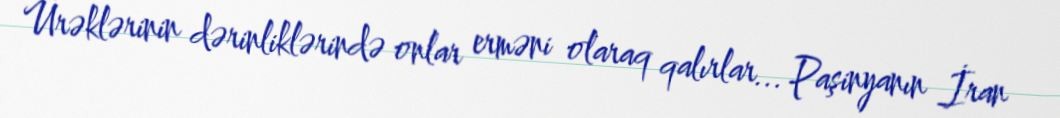
Ürəklərinin dərinliklərində onlar erməni olaraq qalırlar... Paşinyanın İran